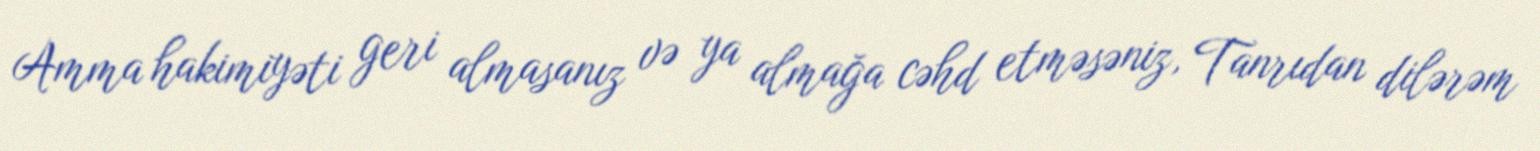
Amma hakimiyəti geri almasanız və ya almağa cəhd etməsəniz, Tanrıdan dilərəm